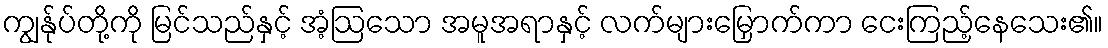
ကျွန်ုပ်တို့ကို မြင်သည်နှင့် အံ့ဩသော အမူအရာနှင့် လက်များမြှောက်ကာ ငေးကြည့်နေသေး၏။